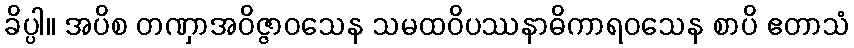
ခိပ္ပါ။ အပိစ တဏှာအဝိဇ္ဇာဝသေန သမထဝိပဿနာဓိကာရဝသေန စာပိ ဧတာသံ